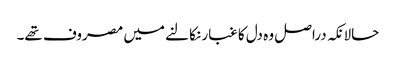
حالانکہ دراصل وہ دل کا غبار نکالنے میں مصروف تھے۔